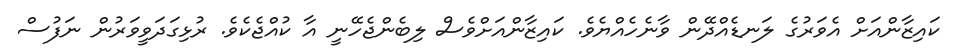
ކައިޒާންއަށް އެވަރުގެ ލަނޑެއްދޭން ވާނެހެއްޔެވެ. ކައިޒާންއަށްވެސް ލިބެންޖެހޭނީ އާ ކުއްޖެކެވެ. ރުޅިގަދަވީވަރުން ނަފުސް